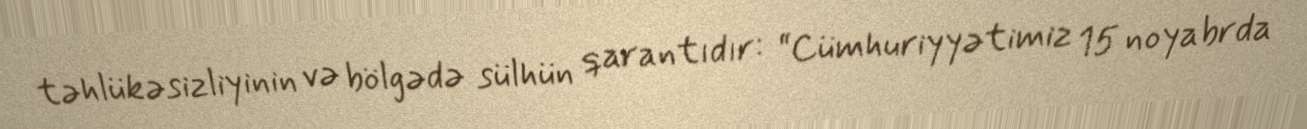
təhlükəsizliyinin və bölgədə sülhün qarantıdır: “Cümhuriyyətimiz 15 noyabrda